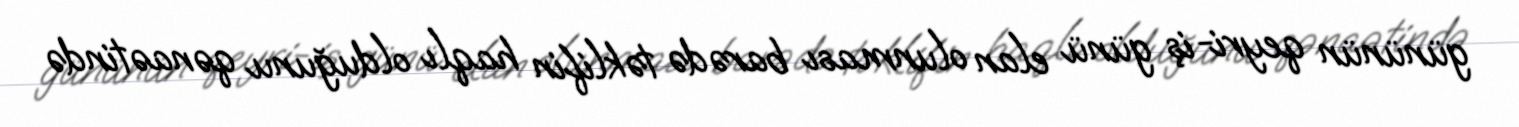
gününün qeyri-iş günü elan olunması barədə təklifin haqlı olduğunu qənaətində